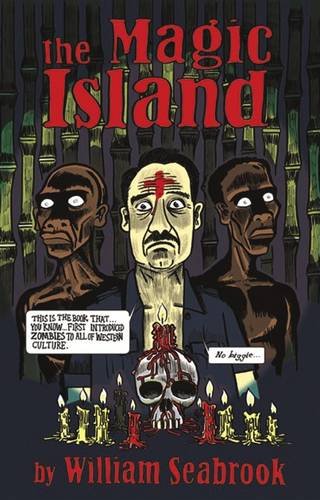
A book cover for The Magic Island; William Seabrook; Travel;